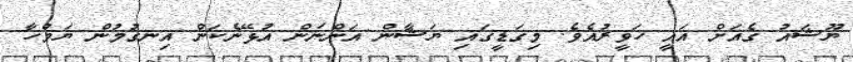
ޔޫޝައު ގެއަށް އައީ ހަވީރުއެވެ. މިގަޑީގައި ޔަޝާން އަންނަން އުޅޭނެކަން އިނގުމުން ޔަމްހާ